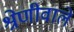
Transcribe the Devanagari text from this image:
श्रेणीवाले